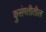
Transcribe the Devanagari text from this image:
कुसंगतीतील